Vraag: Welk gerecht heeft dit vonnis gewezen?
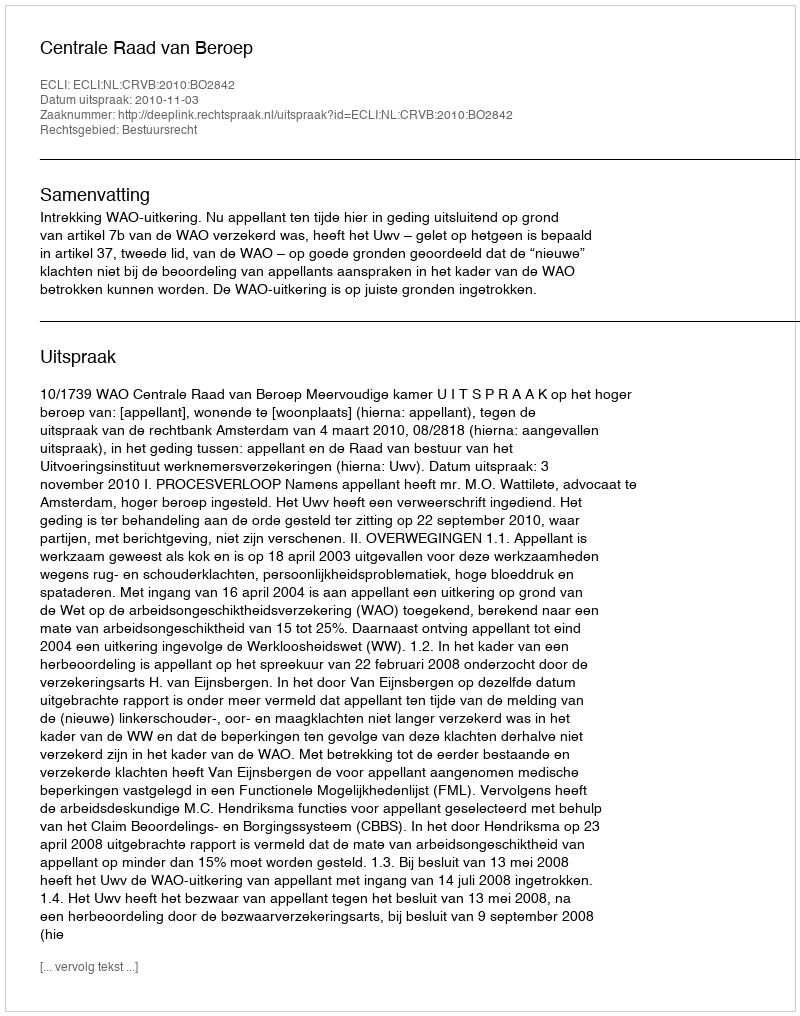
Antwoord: Centrale Raad van Beroep